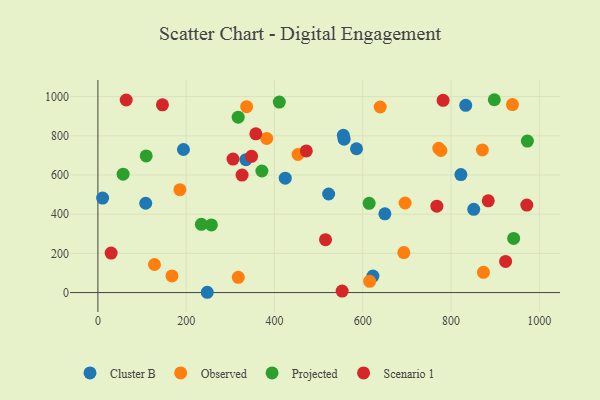
{"axis": {"x": "Distance", "y": "Profit"}, "legend": ["Cluster B", "Observed", "Projected", "Scenario 1"], "data": [{"x": "335.3", "y": 678.0, "type": "Cluster B"}, {"x": "822.3", "y": 602.4, "type": "Cluster B"}, {"x": "557.7", "y": 783.1, "type": "Cluster B"}, {"x": "10.7", "y": 482.2, "type": "Cluster B"}, {"x": "623.0", "y": 84.3, "type": "Cluster B"}, {"x": "108.3", "y": 455.8, "type": "Cluster B"}, {"x": "424.4", "y": 583.7, "type": "Cluster B"}, {"x": "522.7", "y": 503.0, "type": "Cluster B"}, {"x": "851.4", "y": 424.7, "type": "Cluster B"}, {"x": "650.1", "y": 402.0, "type": "Cluster B"}, {"x": "833.2", "y": 955.4, "type": "Cluster B"}, {"x": "193.8", "y": 730.1, "type": "Cluster B"}, {"x": "247.7", "y": 1.5, "type": "Cluster B"}, {"x": "585.8", "y": 734.1, "type": "Cluster B"}, {"x": "556.0", "y": 803.0, "type": "Cluster B"}, {"x": "453.3", "y": 704.7, "type": "Observed"}, {"x": "336.9", "y": 948.8, "type": "Observed"}, {"x": "695.9", "y": 457.2, "type": "Observed"}, {"x": "777.1", "y": 725.1, "type": "Observed"}, {"x": "693.0", "y": 203.9, "type": "Observed"}, {"x": "185.8", "y": 525.3, "type": "Observed"}, {"x": "939.1", "y": 959.3, "type": "Observed"}, {"x": "167.8", "y": 84.9, "type": "Observed"}, {"x": "615.6", "y": 57.3, "type": "Observed"}, {"x": "382.3", "y": 786.7, "type": "Observed"}, {"x": "870.9", "y": 728.2, "type": "Observed"}, {"x": "639.5", "y": 947.0, "type": "Observed"}, {"x": "873.4", "y": 103.4, "type": "Observed"}, {"x": "772.2", "y": 736.2, "type": "Observed"}, {"x": "318.0", "y": 77.7, "type": "Observed"}, {"x": "128.1", "y": 143.2, "type": "Observed"}, {"x": "410.9", "y": 972.4, "type": "Projected"}, {"x": "972.9", "y": 773.4, "type": "Projected"}, {"x": "371.5", "y": 620.5, "type": "Projected"}, {"x": "57.1", "y": 604.3, "type": "Projected"}, {"x": "898.0", "y": 984.2, "type": "Projected"}, {"x": "614.5", "y": 455.3, "type": "Projected"}, {"x": "941.8", "y": 276.2, "type": "Projected"}, {"x": "317.8", "y": 895.2, "type": "Projected"}, {"x": "109.4", "y": 697.2, "type": "Projected"}, {"x": "234.4", "y": 348.4, "type": "Projected"}, {"x": "257.1", "y": 345.3, "type": "Projected"}, {"x": "326.6", "y": 599.4, "type": "Scenario 1"}, {"x": "553.3", "y": 7.6, "type": "Scenario 1"}, {"x": "30.0", "y": 201.7, "type": "Scenario 1"}, {"x": "146.2", "y": 958.2, "type": "Scenario 1"}, {"x": "971.6", "y": 446.7, "type": "Scenario 1"}, {"x": "767.8", "y": 441.0, "type": "Scenario 1"}, {"x": "348.1", "y": 695.2, "type": "Scenario 1"}, {"x": "357.8", "y": 810.3, "type": "Scenario 1"}, {"x": "782.0", "y": 981.1, "type": "Scenario 1"}, {"x": "923.6", "y": 159.0, "type": "Scenario 1"}, {"x": "64.1", "y": 982.9, "type": "Scenario 1"}, {"x": "306.1", "y": 681.5, "type": "Scenario 1"}, {"x": "472.1", "y": 722.8, "type": "Scenario 1"}, {"x": "515.6", "y": 270.1, "type": "Scenario 1"}, {"x": "884.3", "y": 468.0, "type": "Scenario 1"}]}